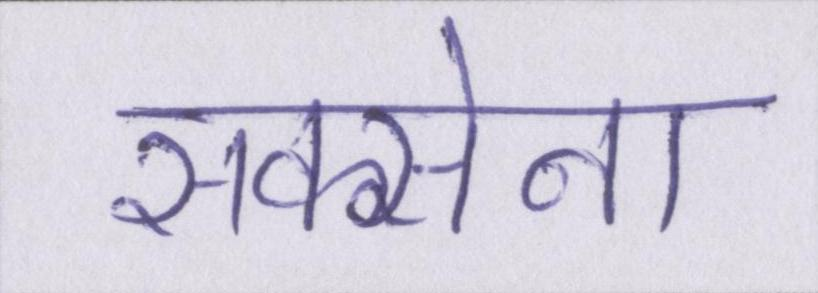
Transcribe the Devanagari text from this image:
सक्सेना